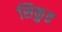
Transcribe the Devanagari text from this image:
सिकुत